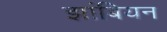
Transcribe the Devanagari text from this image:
झांबियन